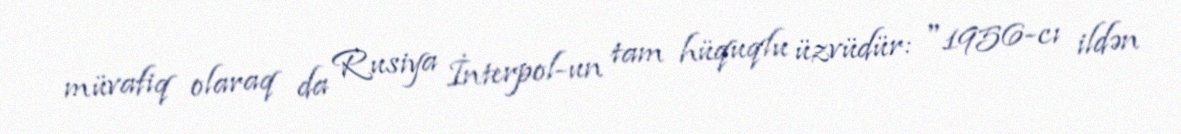
müvafiq olaraq da Rusiya İnterpol-un tam hüquqlu üzvüdür: "1956-cı ildən